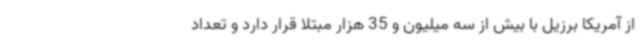
از آمریکا برزیل با بیش از سه میلیون و 35 هزار مبتلا قرار دارد و تعداد